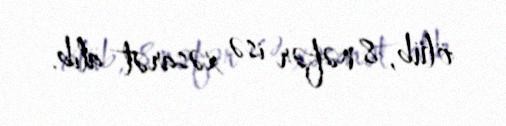
ölüb, 8 nəfər isə xəsarət alıb.